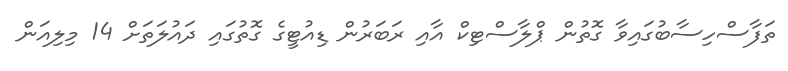
ތަފާސްހިސާބުގައިވާ ގޮތުން ޕްލާސްޓިކް އާއި ރަބަރުން ޑިއުޓީގެ ގޮތުގައި ދައުލަތަށް 14 މިލިއަން